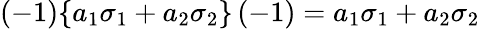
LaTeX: (-1)\{ a_{1}\sigma_{1}+a_{2}\sigma_{2}\} \, (-1)=a_{1}\sigma_{1}+a_{2}\sigma_{2}